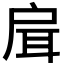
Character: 𢩇